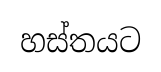
හස්තයට